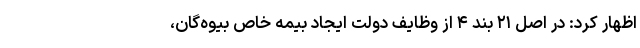
اظهار کرد: در اصل ۲۱ بند ۴ از وظایف دولت ایجاد بیمه خاص بیوه‌گان،